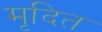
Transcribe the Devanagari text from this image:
मृदित